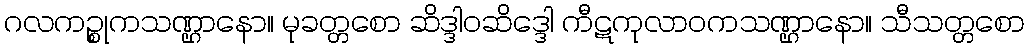
ဂလကဉ္စုကသဏ္ဌာနော။ မုခတ္တစော ဆိဒ္ဒါဝဆိဒ္ဒေါ ကီဋကုလာဝကသဏ္ဌာနော။ သီသတ္တစော